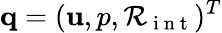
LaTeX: {\mathbf q}=({\mathbf u},p,\mathcal{R}_{\mathrm{~i~n~t~}})^{T}